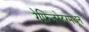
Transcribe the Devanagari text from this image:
रेफ्रिजरेटरमधून